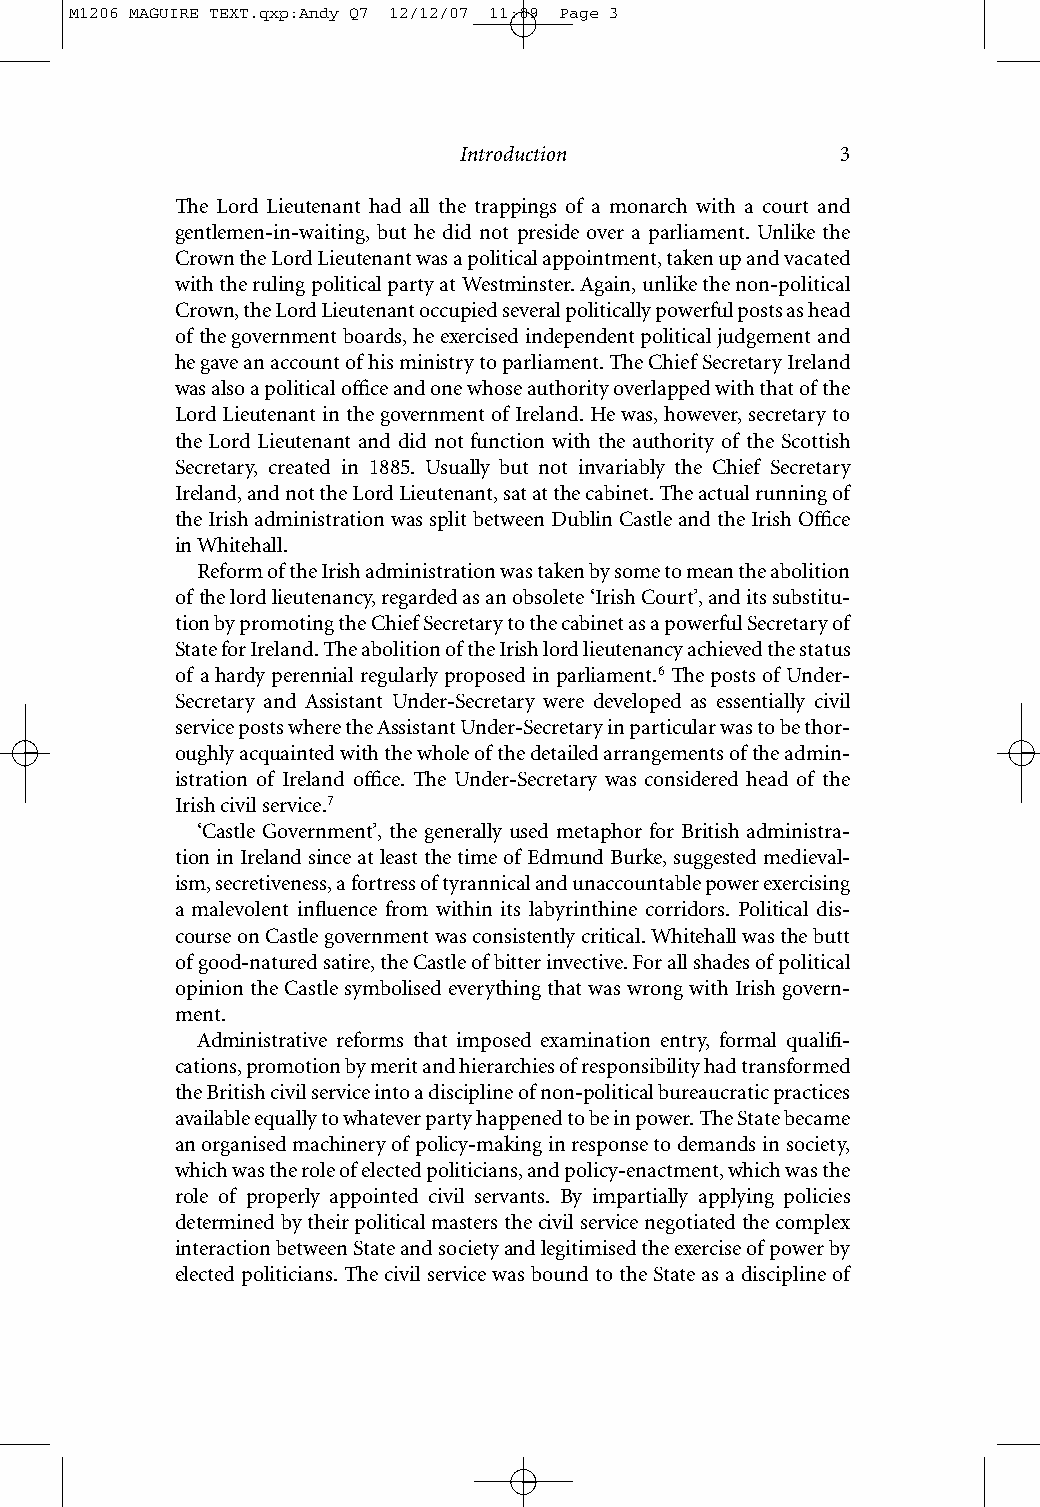
M1206 MAGUIRE TEXT.qxp:Andy Q7 12/12/07 11:09 Page 3
 Introduction              3
 The Lord Lieutenant had all the trappings of a monarch with a court and
 gentlemen-in-waiting, but he did not preside over a parliament. Unlike the
 Crown the Lord Lieutenant was a political appointment, taken up and vacated
 with the ruling political party at Westminster. Again, unlike the non-political
 Crown, the Lord Lieutenant occupied several politically powerful posts as head
 of the government boards, he exercised independent political judgement and
 he gave an account of his ministry to parliament. The Chief Secretary Ireland
 was also a political office and one whose authority overlapped with that of the
 Lord Lieutenant in the government of Ireland. He was, however, secretary to
 the Lord Lieutenant and did not function with the authority of the Scottish
 Secretary, created in 1885. Usually but not invariably the Chief Secretary
 Ireland, and not the Lord Lieutenant, sat at the cabinet. The actual running of
 the Irish administration was split between Dublin Castle and the Irish Office
 in Whitehall.
 Reform of the Irish administration was taken by some to mean the abolition
 of the lord lieutenancy, regarded as an obsolete ‘Irish Court’, and its substitu-
 tion by promoting the Chief Secretary to the cabinet as a powerful Secretary of
 State for Ireland. The abolition of the Irish lord lieutenancy achieved the status
 of a hardy perennial regularly proposed in parliament.6 The posts of Under-
 Secretary and Assistant Under-Secretary were developed as essentially civil
 service posts where the Assistant Under-Secretary in particular was to be thor-
 oughly acquainted with the whole of the detailed arrangements of the admin-
 istration of Ireland office. The Under-Secretary was considered head of the
 Irish civil service.7
 ‘Castle Government’, the generally used metaphor for British administra-
 tion in Ireland since at least the time of Edmund Burke, suggested medieval-
 ism, secretiveness, a fortress of tyrannical and unaccountable power exercising
 a malevolent influence from within its labyrinthine corridors. Political dis-
 course on Castle government was consistently critical. Whitehall was the butt
 of good-natured satire, the Castle of bitter invective. For all shades of political
 opinion the Castle symbolised everything that was wrong with Irish govern-
 ment.
 Administrative reforms that imposed examination entry, formal qualifi -
 cations, promotion by merit and hierarchies of responsibility had transformed
 the British civil service into a discipline of non-political bureaucratic practices
 available equally to whatever party happened to be in power. The State became
 an organised machinery of policy-making in response to demands in society,
 which was the role of elected politicians, and policy-enactment, which was the
 role of properly appointed civil servants. By impartially applying policies
 determined by their political masters the civil service negotiated the complex
 interaction between State and society and legitimised the exercise of power by
 elected politicians. The civil service was bound to the State as a discipline of